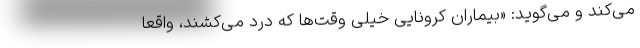
می‌کند و می‌گوید: «بیماران کرونایی خیلی وقت‌ها که درد می‌کشند، واقعا